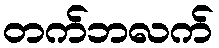
တက်ဘလက်